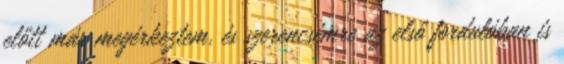
előtt már megérkeztem, és szerencsémre az első fordulóban is